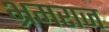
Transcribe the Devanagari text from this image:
भ्रमराज